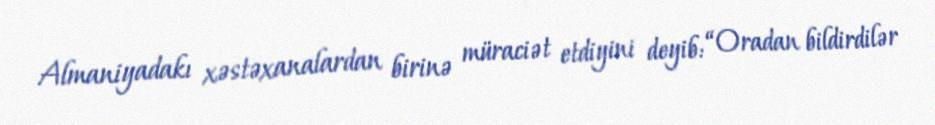
Almaniyadakı xəstəxanalardan birinə müraciət etdiyini deyib: “Oradan bildirdilər